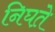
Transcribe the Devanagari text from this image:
निघत़े